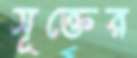
সূক্তের